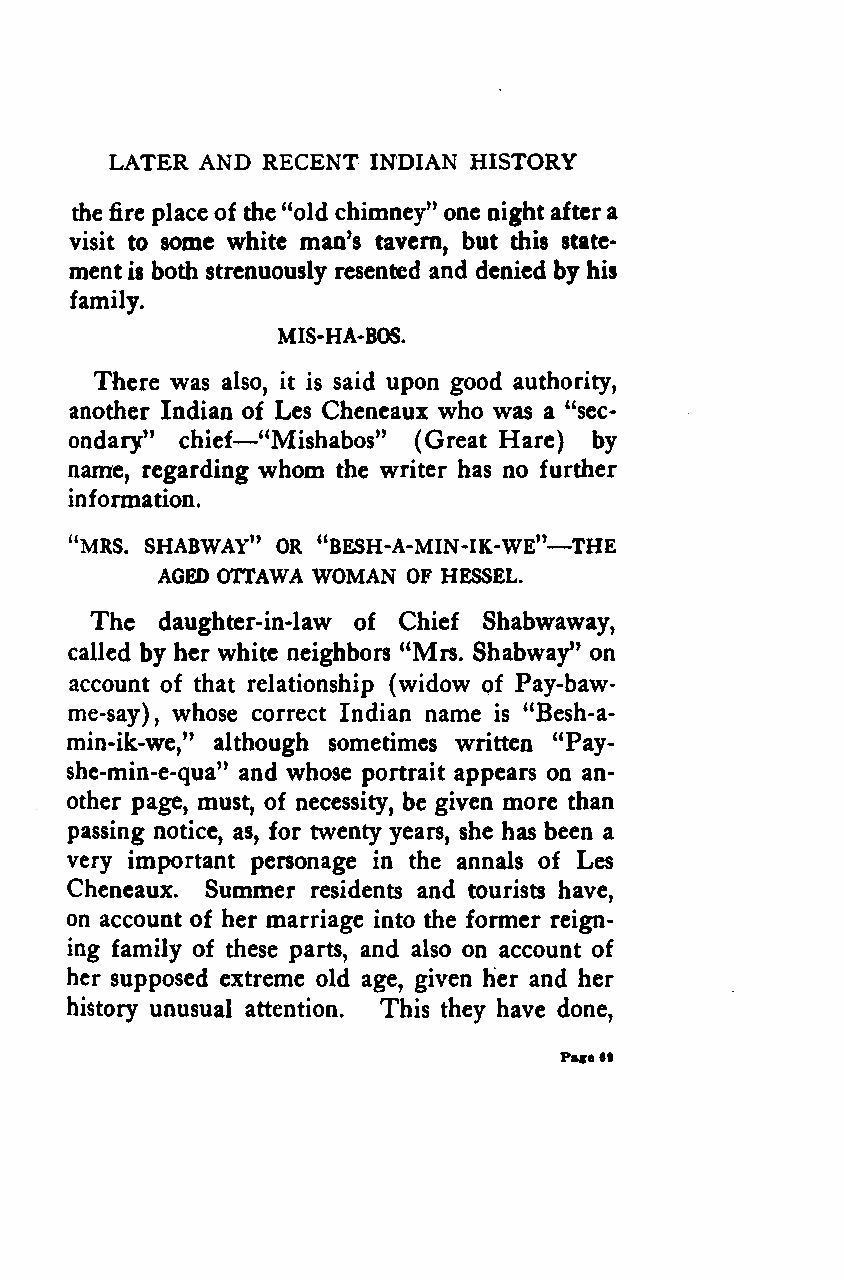
LATER AND RECENT INDIAN HISTORY
 the fire place of the "old chimney" one nightaftera
 visit to some white man's tavern, but this state-
 ment is both strenuously resented and denied by his
 family.
 MIS-HA-BOS.
 There was also, it is said upon good authority,
 another Indian—of Les Cheneaux who was a "sec-
 ondary" chief "Mishabos" (Great Hare) by
 name, regarding whom the writer has no further
 information.
 "MRS. SHABWAY" OR "BESH-A-MIN-IK-WE"—THE
 AGED OTTAWA WOMAN OF HESSEL.
 The  daughter-in-law of Chief Shabwaway,
 called by her white neighbors "Mrs. Shabway" on
 account of that relationship (widow of Pay-baw-
 me-say), whose correct Indian name is "Besh-a-
 min-ik-we," although sometimes written "Pay-
 she-min-e-qua" and whose portrait appears on an-
 other page, must, of necessity, be given more than
 passing notice, as, for twenty years, she has been a
 very important personage in the annals of Les
 Cheneaux. Summer residents and tourists have,
 on account of her marriage into the former reign-
 ing family of these parts, and also on account of
 her supposed extreme old age, given her and her
 history unusual attention. This they have done,
 Page69
 Google
 Digitizedby